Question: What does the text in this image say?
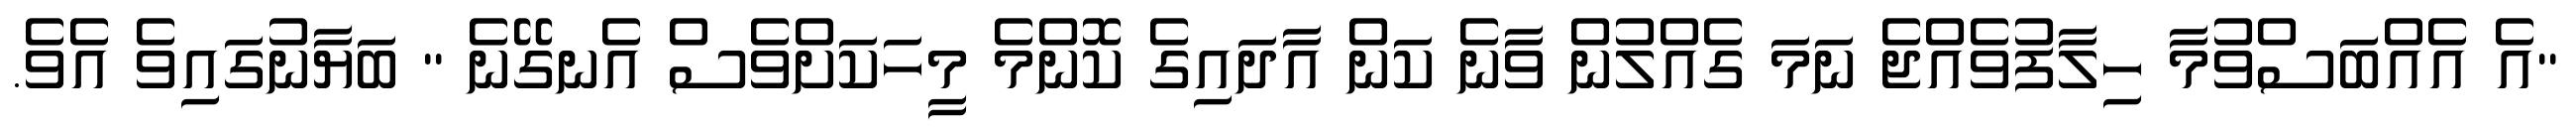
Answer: "އެ އެއްބަސްވުމާ ހިލާފުވެއްޖެ ނަމަ ގެއްލުން ވާނެ ކަން އާދައިގެ ކޮންމެ މީހަކަށްވެސް އެނގޭނެ " ބަޔާނުގައިވެ އެވެ.